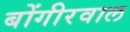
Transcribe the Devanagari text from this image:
बोंगीरवाल